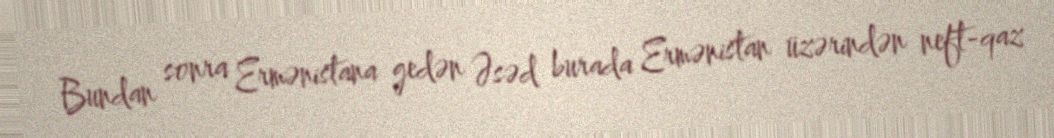
Bundan sonra Ermənistana gedən Əsəd burada Ermənistan üzərindən neft-qaz